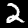
Digit: 2